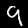
Digit: 9